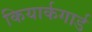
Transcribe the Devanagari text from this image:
कियार्कगार्ड